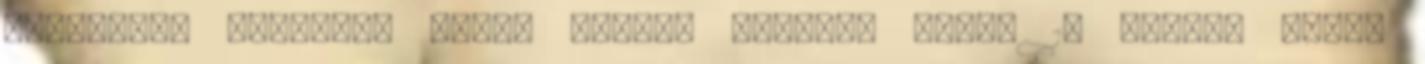
elkészült melleket meleg helyen tálalás előtt 10 percig állni